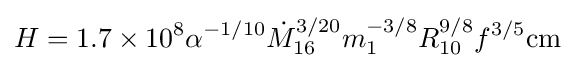
H=1.7\times 10^{8}\alpha ^{-1/10}{\dot {M}}_{16}^{3/20}m_{1}^{-3/8}R_{10}^{9/8}f^{3/5}{\rm {cm}}